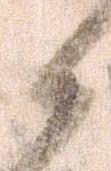
候